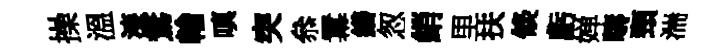
操溫漆鶩輪嗔突叅羃繕怱綃里扶倐虧婵疇頸湍